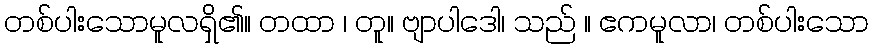
တစ်ပါးသောမူလရှိ၏။ တထာ ၊ တူ။ ဗျာပါဒေါ၊ သည် ။ ဧကမူလာ၊ တစ်ပါးသော